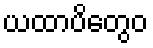
ယထာပိတွေဝ